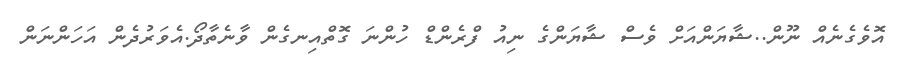
އޮވެގެނެއް ނޫން..ޝާޔަންއަށް ވެސް ޝާޔަންގެ ނިއު ފްރެންޑް ހުންނަ ގޮތްއިނގެން ވާނެތާދޯ.އެވަރުދެން އަހަންނަން